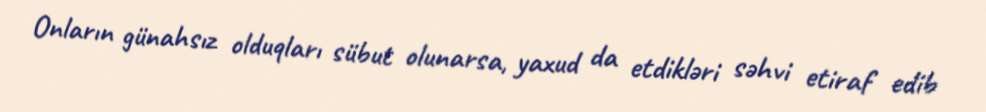
Onların günahsız olduqları sübut olunarsa, yaxud da etdikləri səhvi etiraf edib